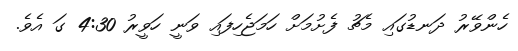
ހެންވޭރު ދަނޑުގައި މެޗު ފެށުމަށް ހަމަޖެހިފައި ވަނީ ހަވީރު 4:30 ގަ އެވެ.